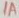
Text: 1A